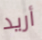
أريد